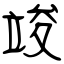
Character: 竣